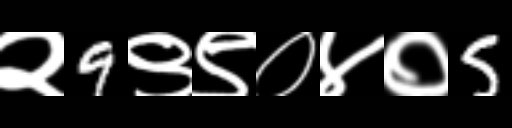
Text: २9९९०४०5